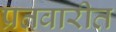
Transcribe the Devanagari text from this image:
प्रतवारीत